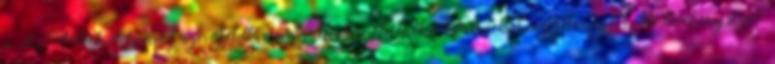
a SZIT-ek valamint a projekttársaságaik végezhetnek-e klasszikus ingatlanfejlesztői tevékenységet.